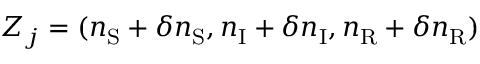
Z _ { j } = ( n _ { \mathrm { S } } + \delta n _ { \mathrm { S } } , n _ { \mathrm { I } } + \delta n _ { \mathrm { I } } , n _ { \mathrm { R } } + \delta n _ { \mathrm { R } } )